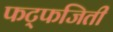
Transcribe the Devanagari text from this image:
फट्फजिती